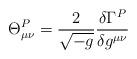
LaTeX: \begin{align*}\Theta^{P}_{\mu\nu} = \frac{2}{\sqrt{-g}} \frac{\delta\Gamma^P} {\delta g^{\mu\nu}}\end{align*}